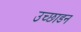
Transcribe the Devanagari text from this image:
उच्छाडन